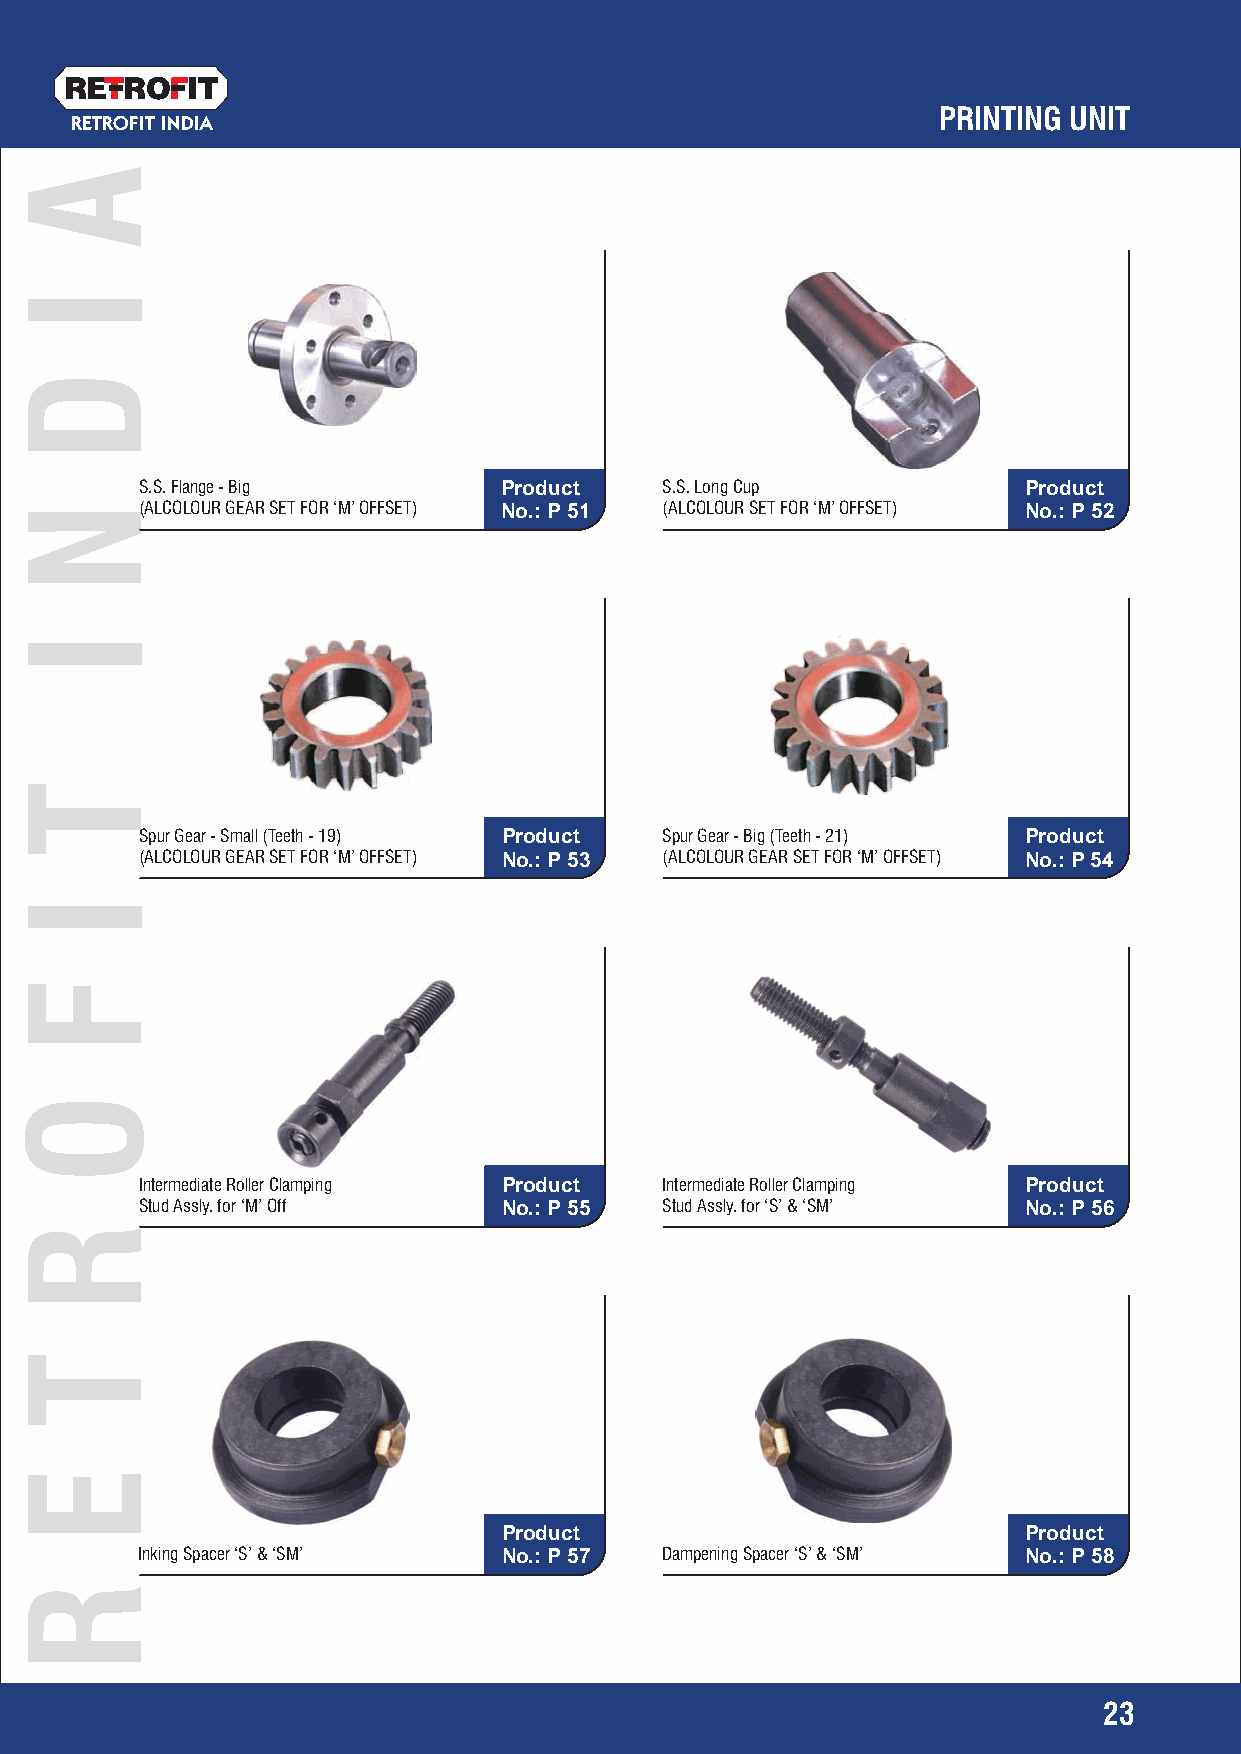
RETRO   IT
 PRINTING UNIT
 RETROFIT INDIA
 S.S. Flange - Big       Product    S.S. Long Cup           Product
 (ALCOLOUR GEAR SET FOR ‘M’ OFFSET) No.: P 51 (ALCOLOUR SET FOR ‘M’ OFFSET) No.: P 52
 Spur Gear - Small (Teeth - 19) Product Spur Gear - Big (Teeth - 21) Product
 (ALCOLOUR GEAR SET FOR ‘M’ OFFSET) No.: P 53 (ALCOLOUR GEAR SET FOR ‘M’ OFFSET) No.: P 54
 Intermediate Roller Clamping Product Intermediate Roller Clamping Product
 Stud Assly. for ‘M’ Off No.: P 55  Stud Assly. for ‘S’ & ‘SM’ No.: P 56
 Product                            Product
 Inking Spacer ‘S’ & ‘SM’ No.: P 57 Dampening Spacer ‘S’ & ‘SM’ No.: P 58
 23
 A
 I
 D
 N
 I
 T
 I
 F
 O
 R
 T
 E
 R